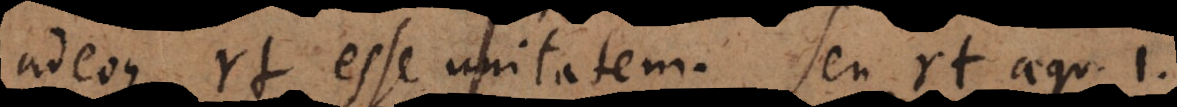
adeoque rt esse unitatem. Seu rt aequ. 1.